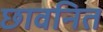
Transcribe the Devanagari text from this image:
छावनित